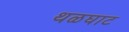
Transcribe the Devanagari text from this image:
थळघाट